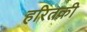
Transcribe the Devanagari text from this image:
हरितकी